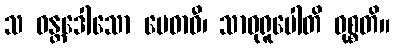
သ ဝန္တဒေါသော မေဓာဝီ၊ သာဓုရူပေါတိ ဝုစ္စတိ။